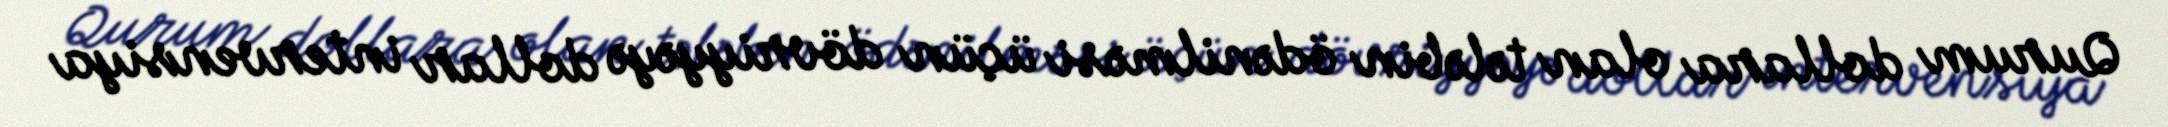
Qurum dollara olan tələbin ödənilməsi üçün dövriyyəyə dollar intervensiya